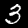
Label: 3